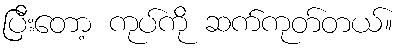
ပြီးတော့ ကုပ်ကို ဆက်ကုတ်တယ်။